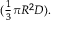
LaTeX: \scriptstyle ( { \frac { 1 } { 3 } } \pi R ^ { 2 } D ) .